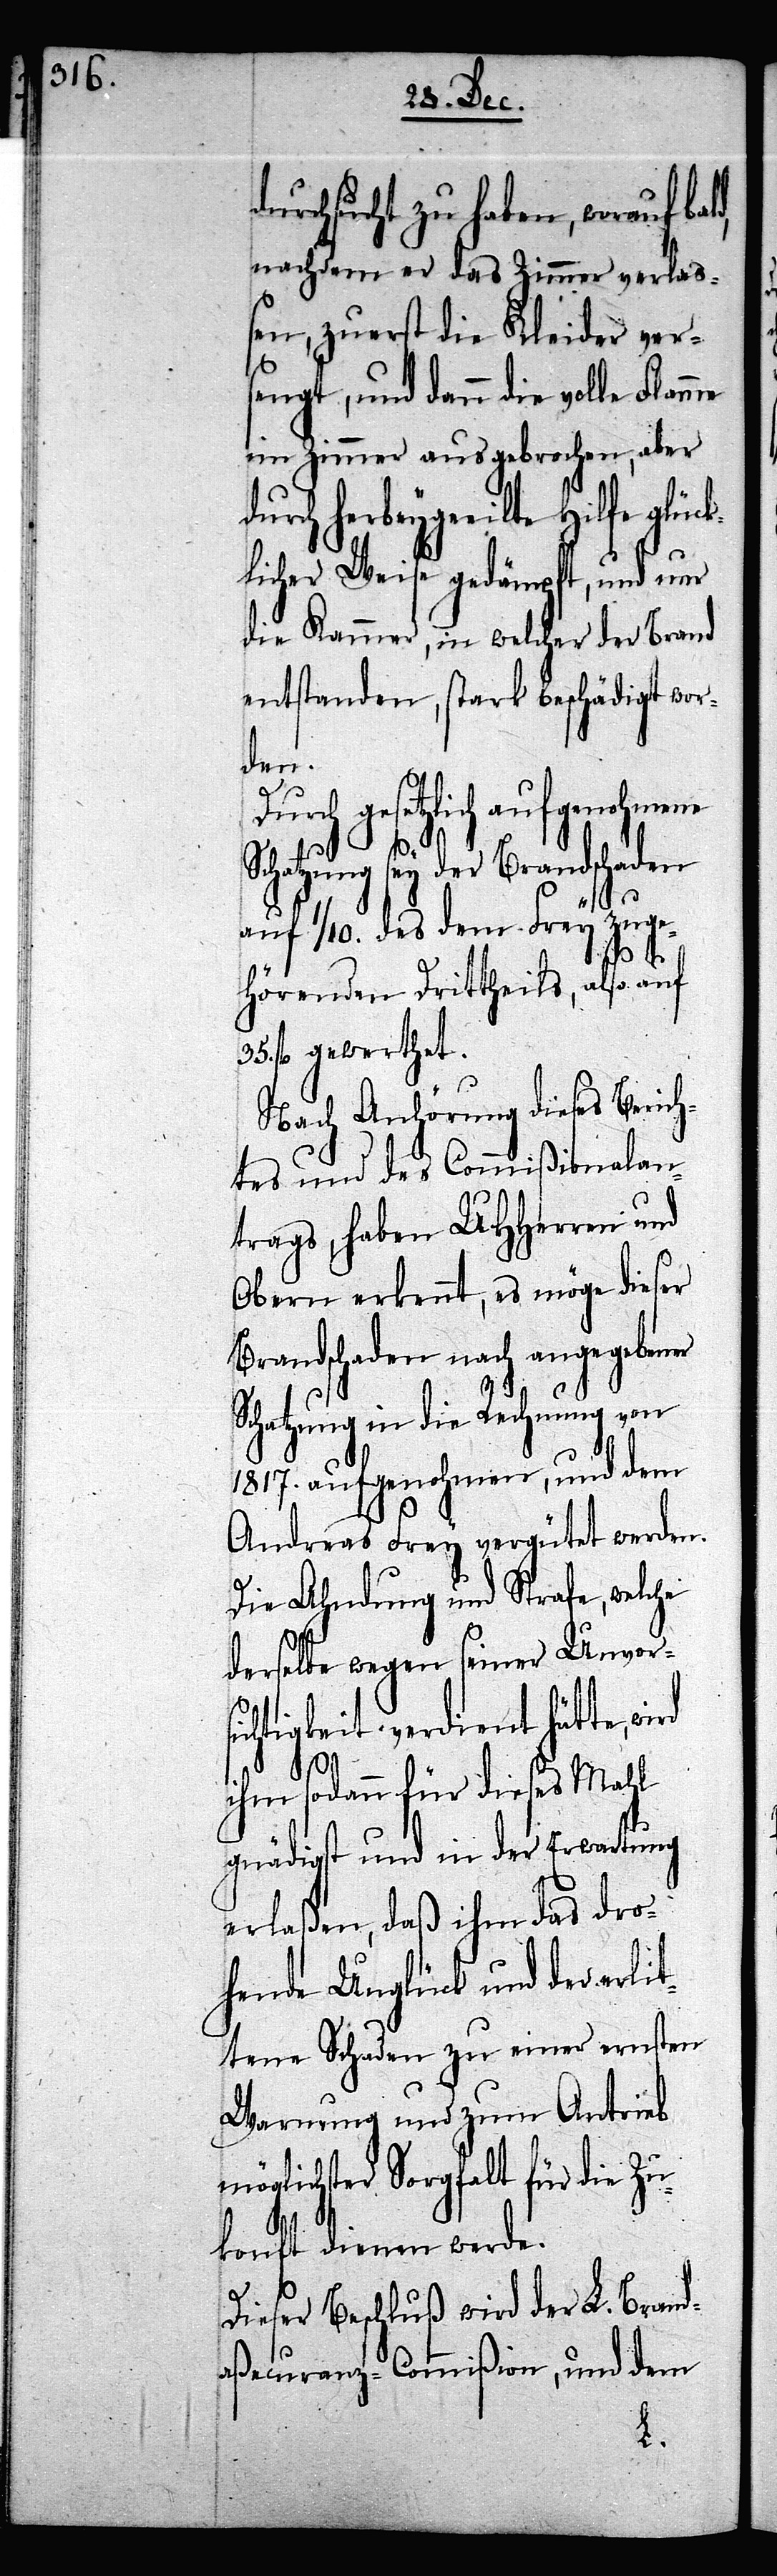
durchsucht zu haben, worauf bal¬
nachdem er das Zimmer verlaß¬
en, zuerst die Kleider ver¬
sengt, und dann die volle Flamme
im Zimmer ausgebrochen, aber
rch herbeygeeilte Hilfe glüc¬
klicher Weise gedämpft, und nur
die Kammer, in welcher der Brand
entstanden, stark beschädigt wor¬
den.
gesetzlich aufgenohmene
Schatzung sey der Brandschaden
auf 1/10. des dem Frey zuge¬
hörenden Drittheils, also auf
35. fl. gewerthet.
Nach Anhörung dieses Berich¬
tes und des Commißionalan¬
trags, haben UHHerren und
Obern erkennt, es möge dieser
Brandschaden nach angegebener
Schatzung in die Rechnung von
1817. aufgenohmen, und dem
Andreas Frey vergütet werden.
Die Ahndung und Strafe, welche
derselbe wegen seiner Unvors¬
ichtigkeit verdient hätte,
ihm sodann für dieses Mahl
gnädigst und in der Erwartung
erlaßen, daß ihm das dro¬
hende Unglück und der erlit¬
tene Schaden zu einer ernsten
Warnung und zum Antrieb
möglichster Sorgfalt für die Zu¬
konft dienen werde.
Dieser Beschluß wird der L. Brand¬
aßecuranz-Commißion, und dem
du¬